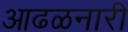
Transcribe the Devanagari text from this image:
आढळनारी